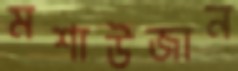
মশাউজান